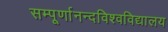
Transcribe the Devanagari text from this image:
सम्पूर्णानन्दविश्वविद्यालय